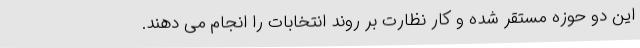
این دو حوزه مستقر شده و کار نظارت بر روند انتخابات را انجام می دهند.